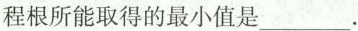
程根所能取得的最小值是___。